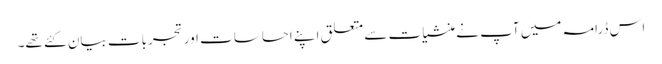
اس ڈرامہ میں آپ نے منشیات سے متعلق اپنے احساسات اور تجربات بیان کئے تھے۔